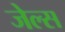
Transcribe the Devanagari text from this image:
जेल्स